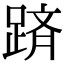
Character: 𨂋